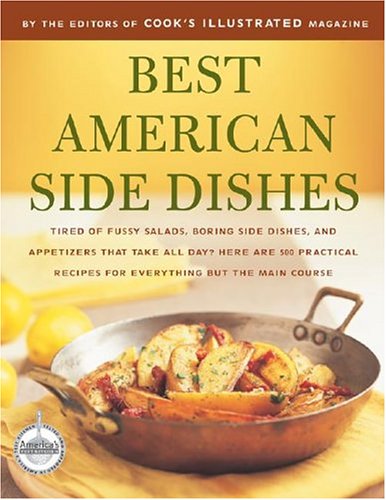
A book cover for Best American Side Dishes (Best Recipe); Cookbooks, Food & Wine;